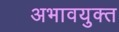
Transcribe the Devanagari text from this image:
अभावयुक्त